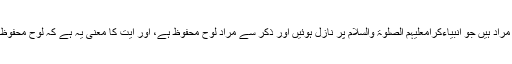
} ایک قول یہ ہے کہ اس آیت میں زبور سے وہ تمام کتابیں مراد ہیں جو انبیاءِکرامعَلَیْہِمُ الصَّلٰوۃُ وَالسَّلَام پر نازل ہوئیں اور ذکر سے مراد لوحِ محفوظ ہے، اور آیت کا معنی یہ ہے کہ لوحِ محفوظ میں لکھنے کے بعد ہم نے تمام آسمانی کتابوں میں لکھ دیا۔